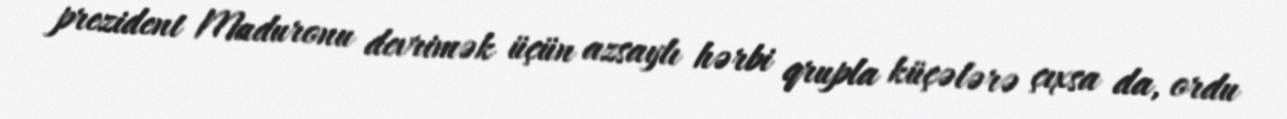
prezident Maduronu devrimək üçün azsaylı hərbi qrupla küçələrə çıxsa da, ordu